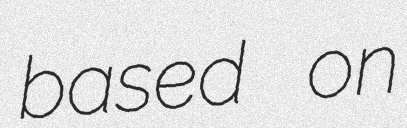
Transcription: based on